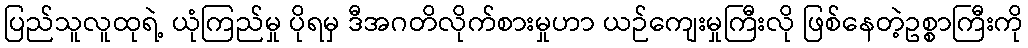
ပြည်သူလူထုရဲ့ ယုံကြည်မှု ပိုရမှ ဒီအဂတိလိုက်စားမှုဟာ ယဉ်ကျေးမှုကြီးလို ဖြစ်နေတဲ့ဥစ္စာကြီးကို